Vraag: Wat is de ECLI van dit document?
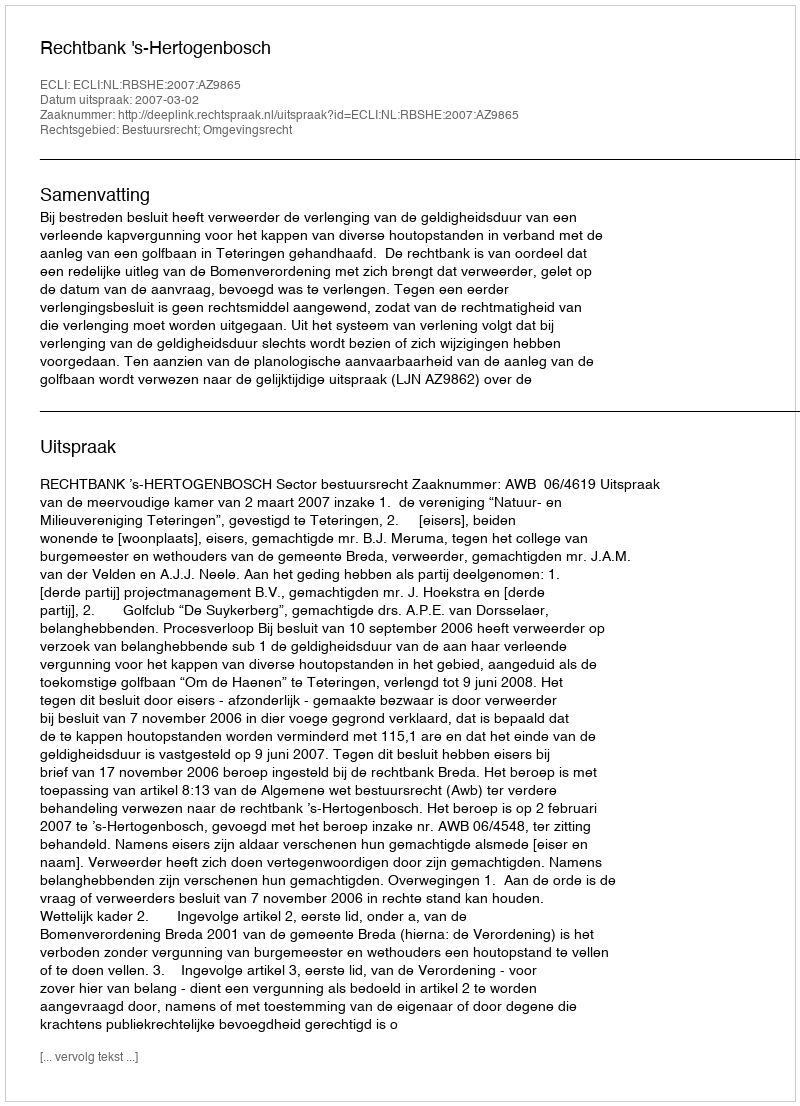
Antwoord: ECLI:NL:RBSHE:2007:AZ9865